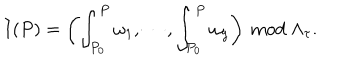
I ( P ) = \left( \int _ { P _ { 0 } } ^ { P } \omega _ { 1 } , \cdots , \int _ { P _ { 0 } } ^ { P } \omega _ { g } \right) \ \mathrm { m o d } \ \Lambda _ { \tau } .